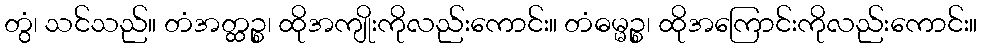
တွံ၊ သင်သည်။ တံအတ္ထဉ္စ၊ ထိုအကျိုးကိုလည်းကောင်း။ တံဓမ္မဉ္စ၊ ထိုအကြောင်းကိုလည်းကောင်း။